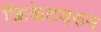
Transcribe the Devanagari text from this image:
क्रिकेटवरुन